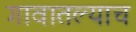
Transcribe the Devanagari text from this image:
गावातल्याच